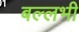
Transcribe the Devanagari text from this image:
बल्‍लभी